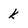
Character: k